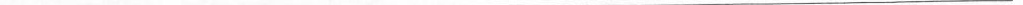
___